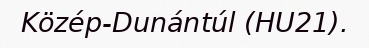
Közép-Dunántúl (HU21).